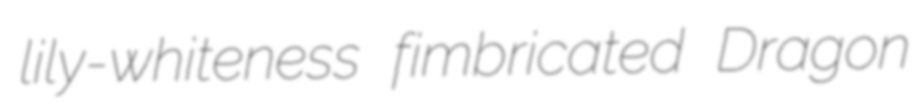
lily-whiteness fimbricated Dragon